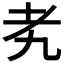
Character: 𬚉